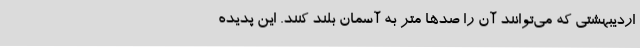
اردیبهشتی که می‌توانند آن را صدها متر به آسمان بلند کنند. این پدیده